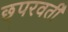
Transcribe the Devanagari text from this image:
छ्परवर्ती